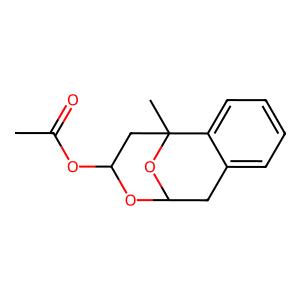
SMILES: CC(=O)OC1CC2(C)OC(Cc3ccccc32)O1
Inhibits HIV replication: No